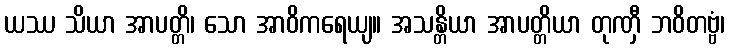
ယဿ သိယာ အာပတ္တိ၊ သော အာဝိကရေယျ။ အသန္တိယာ အာပတ္တိယာ တုဏှီ ဘဝိတဗ္ဗံ၊